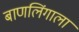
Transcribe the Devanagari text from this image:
बाणलिंगाला